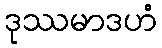
ဒုဿမာဒဟံ